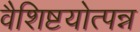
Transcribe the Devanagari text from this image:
वैशिष्टयोत्पन्न